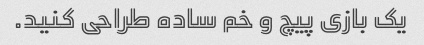
یک بازی پیچ و خم ساده طراحی کنید.